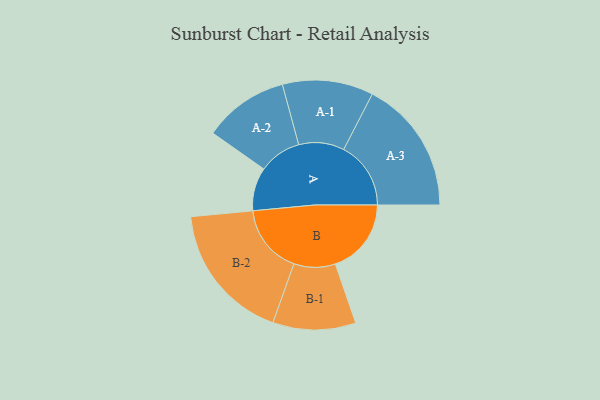
{"axis": {"x": "Segment", "y": "Value"}, "legend": ["", "A", "B"], "data": [{"x": "A", "y": 162, "type": ""}, {"x": "B", "y": 284, "type": ""}, {"x": "A-1", "y": 170, "type": "A"}, {"x": "A-2", "y": 159, "type": "A"}, {"x": "A-3", "y": 251, "type": "A"}, {"x": "B-1", "y": 155, "type": "B"}, {"x": "B-2", "y": 260, "type": "B"}]}